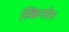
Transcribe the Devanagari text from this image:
स्किनपेन